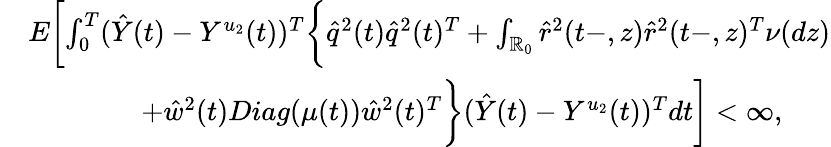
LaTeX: \begin{array}{rl}&{E\biggl[\int_{0}^{T}(\hat{Y}(t)-Y^{u_{2}}(t))^{T}\biggl\{ \hat{q}^{2}(t)\hat{q}^{2}(t)^{T}+\int_{\mathbb{R}_{0}}\hat{r}^{2}(t-,z)\hat{r}^{2}(t-,z)^{T}\nu(dz)}\\ &{\qquad\qquad+\hat{w}^{2}(t)Diag(\mu(t))\hat{w}^{2}(t)^{T}\biggr\} (\hat{Y}(t)-Y^{u_{2}}(t))^{T}dt\biggr]<\infty,}\end{array}